Annual report of the Civil Veterinary Department, Bengal, and of the Bengal Veterinary College for the year 1903-1904 - 1903-1904
Year: 1903
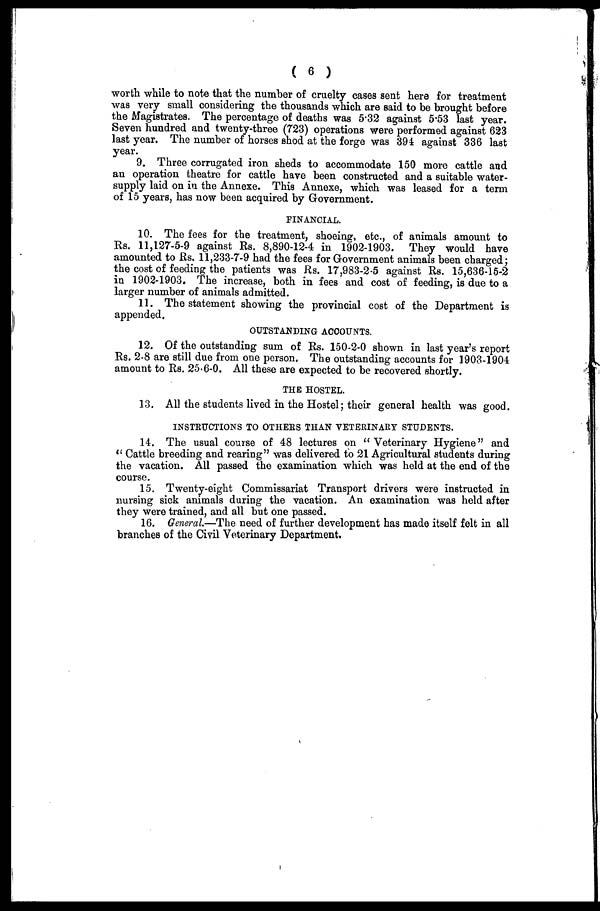
( 6 )
worth while to note that the number of cruelty cases sent here for treatment
was very small considering the thousands which are said to be brought before
the Magistrates. The percentage of deaths was 5.32 against 5.53 last year.
Seven hundred and twenty-three (723) operations were performed against 623
last year. The number of horses shod at the forge was 394 against 336 last
year.
9. Three corrugated iron sheds to accommodate 150 more cattle and
an operation theatre for cattle have been constructed and a suitable water-
supply laid on in the Annexe. This Annexe, which was leased for a term
of 15 years, has now been acquired by Government.
FINANCIAL.
10. The fees for the treatment, shoeing, etc., of animals amount to
Rs. 11,127-5-9 against Rs. 8,890-12-4 in 1902-1903. They would have
amounted to Rs. 11,233-7-9 had the fees for Government animals been charged;
the cost of feeding the patients was Rs. 17,983-2-5 against Rs. 15,636-15-2
in 1902-1903. The increase, both in fees and cost of feeding, is due to a
larger number of animals admitted.
11. The statement showing the provincial cost of the Department is
appended.
OUTSTANDING ACCOUNTS.
12. Of the outstanding sum of Rs. 150-2-0 shown in last year's report
Rs. 2-8 are still due from one person. The outstanding accounts for 1903-1904
amount to Rs. 25.6-0. All these are expected to be recovered shortly.
THE HOSTEL.
13. All the students lived in the Hostel; their general health was good.
INSTRUCTIONS TO OTHERS THAN VETERINARY STUDENTS.
14. The usual course of 48 lectures on "Veterinary Hygiene" and
" Cattle breeding and rearing" was delivered to 21 Agricultural students during
the vacation. All passed the examination which was held at the end of the
course.
15. Twenty-eight Commissariat Transport drivers were instructed in
nursing sick animals during the vacation. An examination was held after
they were trained, and all but one passed.
16. General.—The need of further development has made itself felt in all
branches of the Civil Veterinary Department.